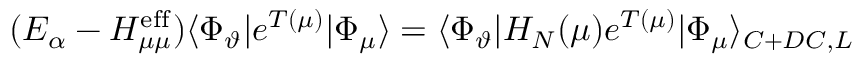
( E _ { \alpha } - H _ { \mu \mu } ^ { \mathrm { e f f } } ) \langle \Phi _ { \vartheta } | e ^ { T ( \mu ) } | \Phi _ { \mu } \rangle = \langle \Phi _ { \vartheta } | H _ { N } ( \mu ) e ^ { T ( \mu ) } | \Phi _ { \mu } \rangle _ { C + D C , L }